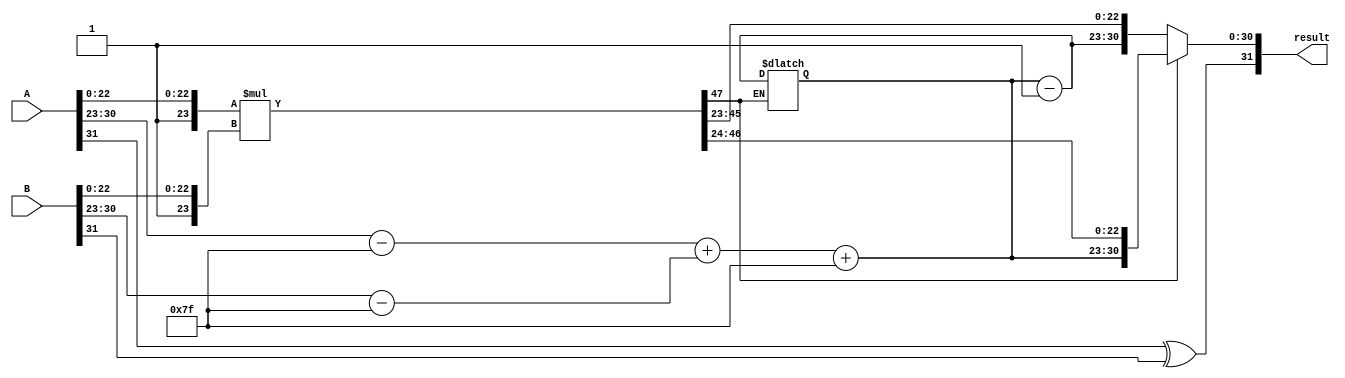
module fp_wallace_tree_multiplier (
    input [31:0] A, // First floating-point number
    input [31:0] B, // Second floating-point number
    output reg [31:0] result // Output floating-point number
);

// Constants
parameter EXPONENT_BIAS = 127;
parameter MANTISSA_SIZE = 23;

// Internal signals
wire sign_A, sign_B, sign_result;
wire [7:0] exponent_A, exponent_B, exponent_result;
wire [MANTISSA_SIZE:0] mantissa_A, mantissa_B, mantissa_result;
wire [8:0] exponent_sum;
wire [47:0] product; // 23 + 23 bits for mantissa multiplication
wire [23:0] normalized_mantissa;

// Extracting components from inputs
assign sign_A = A[31];
assign exponent_A = A[30:23];
assign mantissa_A = {1'b1, A[22:0]}; // Implicit leading 1

assign sign_B = B[31];
assign exponent_B = B[30:23];
assign mantissa_B = {1'b1, B[22:0]}; // Implicit leading 1

// Multiplying mantissas
assign product = mantissa_A * mantissa_B;

// Exponent calculation
assign exponent_sum = (exponent_A - EXPONENT_BIAS) + (exponent_B - EXPONENT_BIAS);
assign exponent_result = exponent_sum + EXPONENT_BIAS;

// Normalization process
always @(*) begin
    // Default result values
    sign_result = sign_A ^ sign_B; // XOR for sign
    normalized_mantissa = product[47:24]; // Initial guess for mantissa

    // Check for normalization
    if (product[47]) begin
        // No shift needed
        result = {sign_result, exponent_result, normalized_mantissa[MANTISSA_SIZE-1:0]};
    end else begin
        // Shift right
        normalized_mantissa = product[46:23]; // Shift right
        exponent_result = exponent_result - 1; // Decrease exponent
        result = {sign_result, exponent_result, normalized_mantissa[MANTISSA_SIZE-1:0]};
    end
end

endmodule